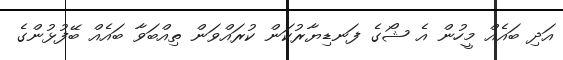
އަދި ބައެއް މީހުން އެ ޝޯގެ ފަނޑިޔާރުކަން ކުރައްވަން ތިއްބަވާ ބައެއް ބޭފުޅުންގެ